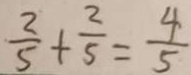
\frac { 2 } { 5 } + \frac { 2 } { 5 } = \frac { 4 } { 5 }